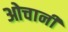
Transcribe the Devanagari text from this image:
ओचानी